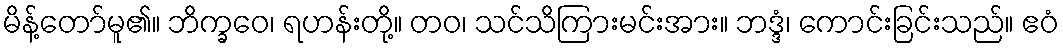
မိန့်တော်မူ၏။ ဘိက္ခဝေ၊ ရဟန်းတို့။ တဝ၊ သင်သိကြားမင်းအား။ ဘဒ္ဒံ၊ ကောင်းခြင်းသည်။ ဧဝံ